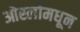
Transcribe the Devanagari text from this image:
ओस्लोमधून